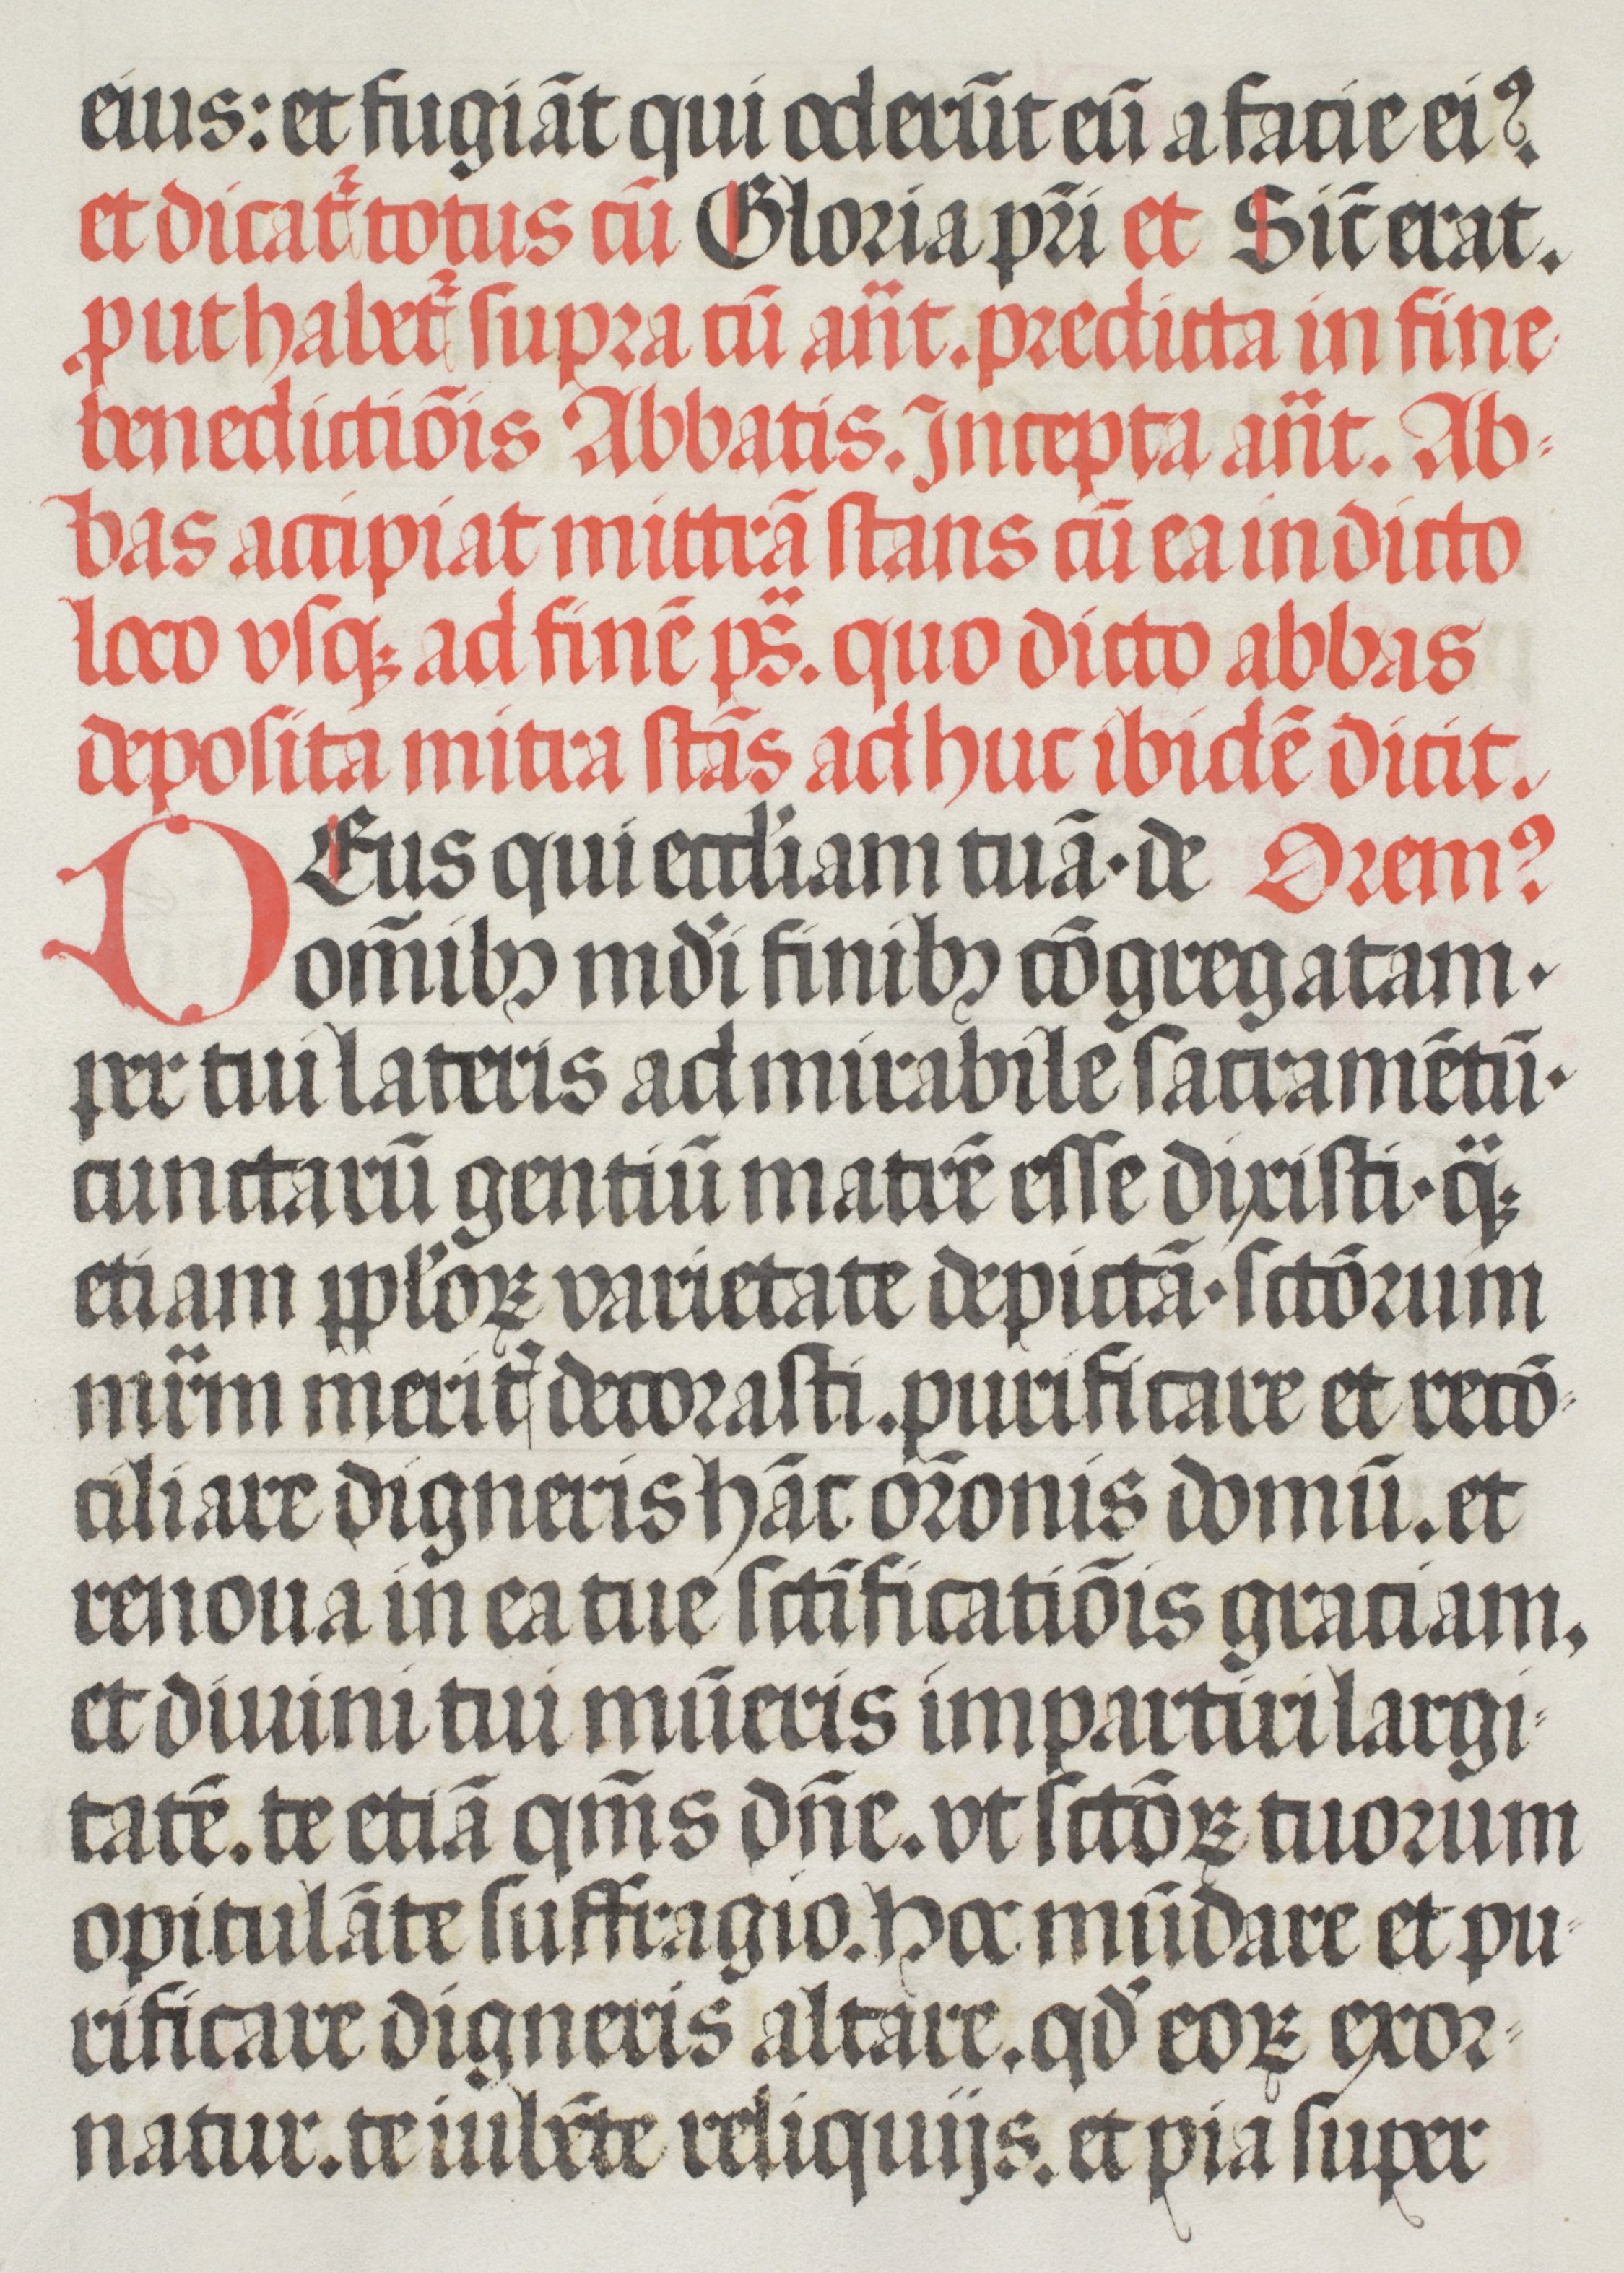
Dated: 1508–1508